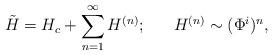
LaTeX: \begin{align*}\tilde{H} = H_c + \sum_{n=1}^{\infty} H^{(n)};{}~~~~~H^{(n)} \sim (\Phi^i)^n,\end{align*}